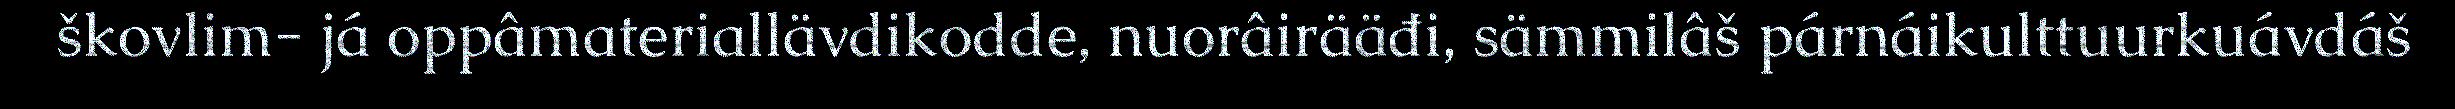
škovlim- já oppâmateriallävdikodde, nuorâirääđi, sämmilâš párnáikulttuurkuávdáš